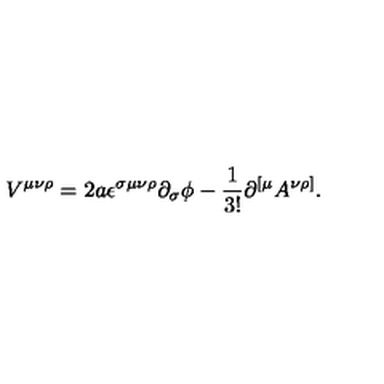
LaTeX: V ^ { \mu \nu \rho } = 2 a \epsilon ^ { \sigma \mu \nu \rho } \partial _ { \sigma } \phi - \frac { 1 } { 3 ! } \partial ^ { [ \mu } A ^ { \nu \rho ] } .